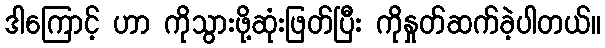
ဒါကြောင့် ဟာ ကိုသွားဖို့ဆုံးဖြတ်ပြီး ကိုနှုတ်ဆက်ခဲ့ပါတယ်။